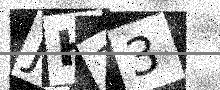
Text: JH33